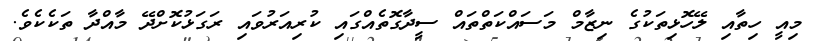
މިއީ ހިތާއި ލޭހޮޅިތަކުގެ ނިޒާމް މަސައްކަތްތައް ސީދާގޮތެއްގައި ކުރިއަރުވައި ރަގަޅުކޮށްދޭ މާއްދާ ތަކެކެވެ.